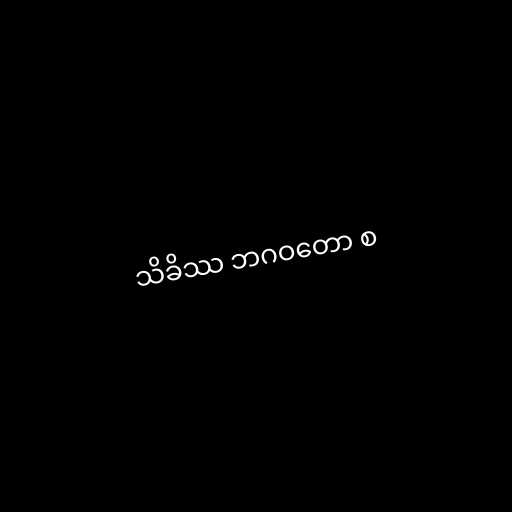
သိခိဿ ဘဂဝတော စ